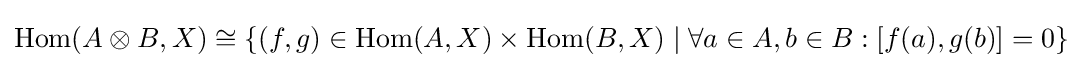
{\text{Hom}}(A\otimes B,X)\cong \lbrace (f,g)\in {\text{Hom}}(A,X)\times {\text{Hom}}(B,X)\mid \forall a\in A,b\in B:[f(a),g(b)]=0\rbrace